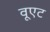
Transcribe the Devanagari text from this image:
वूएट